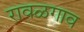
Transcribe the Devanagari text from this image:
रावळगाव